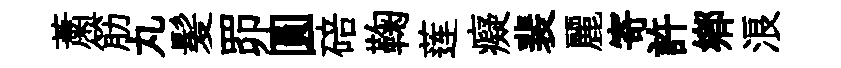
䔥筋丸髪𦊑圓碚鞠莲癡裴麗寄許郷浪